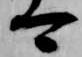
可